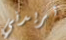
تريدني